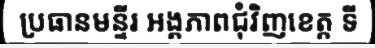
ប្រធានមន្ទីរ អង្គភាពជុំវិញខេត្ត ទី